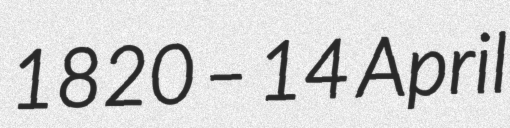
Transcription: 1820 – 14 April